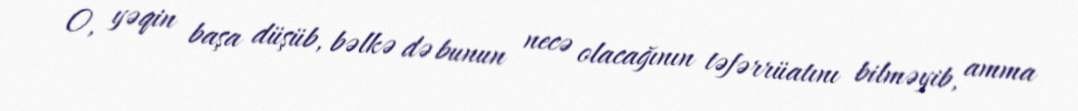
O, yəqin başa düşüb, bəlkə də bunun necə olacağının təfərrüatını bilməyib, amma